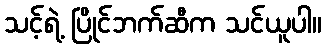
သင့်ရဲ့ ပြိုင်ဘက်ဆီက သင်ယူပါ။